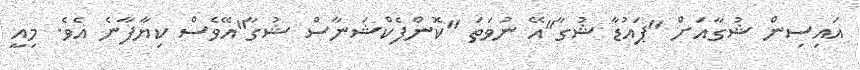
އައިސިން ޝުގާއަށް "ޕައުޑާ ޝުގާ"އޭ ނުވަތަ "ކޮންފެކްޝަނާސް ޝުގާ"އޭވެސް ކިޔާފާނެ އެވެ. މިއީ